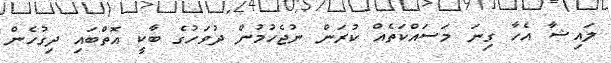
ލައިޝާ އެހާ ގިނަ މަސައްކަތެއް ކުރަން ނުޖެހުމުން ދުވަހުގެ ބާކީ އޮތްބައި ދިގުހެން